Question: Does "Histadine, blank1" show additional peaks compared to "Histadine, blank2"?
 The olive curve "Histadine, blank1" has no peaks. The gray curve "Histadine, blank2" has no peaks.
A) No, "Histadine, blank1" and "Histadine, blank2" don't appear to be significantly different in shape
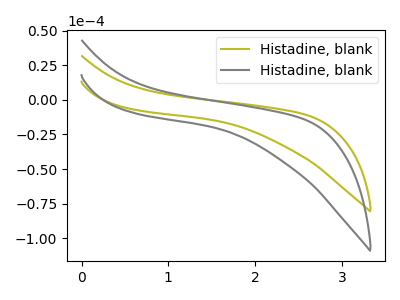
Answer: <think>Neither "Histadine, blank1" or "Histadine, blank2" have any peaks.
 </think>
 <answer>A) No, "Histadine, blank1" and "Histadine, blank2" don't appear to be significantly different in shape</answer>
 <eval>A</eval>